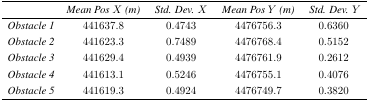
|  | Mean Pos X (m) | Std. Dev. X | Mean Pos Y (m) | Std. Dev. Y |
 | --- | --- | --- | --- | --- |
 | Obstacle 1 | 441637.8 | 0.4743 | 4476756.3 | 0.6360 |
 | Obstacle 2 | 441623.3 | 0.7489 | 4476768.4 | 0.5152 |
 | Obstacle 3 | 441629.4 | 0.4939 | 4476761.9 | 0.2612 |
 | Obstacle 4 | 441613.1 | 0.5246 | 4476755.1 | 0.4076 |
 | Obstacle 5 | 441619.3 | 0.4924 | 4476749.7 | 0.3820 |